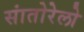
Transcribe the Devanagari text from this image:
सांतोरेलो